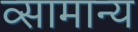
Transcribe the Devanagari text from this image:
व्सामान्य